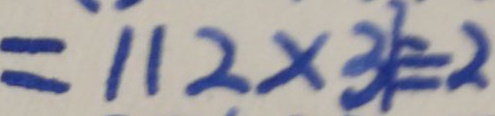
= 1 1 2 \times 3 7 \div 2